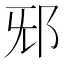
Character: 𨚁